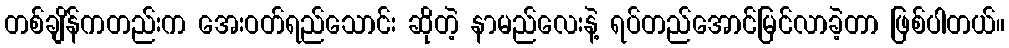
တစ်ချိန်ကတည်းက အေးဝတ်ရည်သောင်း ဆိုတဲ့ နာမည်လေးနဲ့ ရပ်တည်အောင်မြင်လာခဲ့တာ ဖြစ်ပါတယ်။